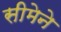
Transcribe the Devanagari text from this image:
सीमेने